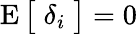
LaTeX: \operatorname{E}{\big[}\; \delta_{i}\; {\big]}=0